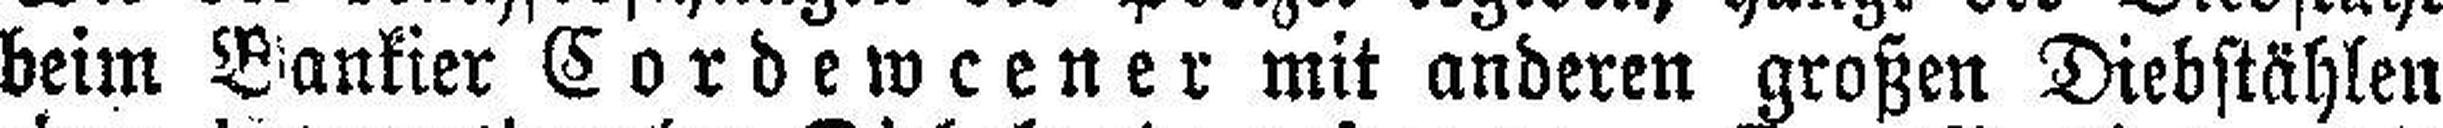
beim Bankier Cordewcener mit anderen großen Diebstählen